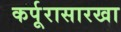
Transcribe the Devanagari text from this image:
कर्पूरासारखा